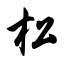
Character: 松